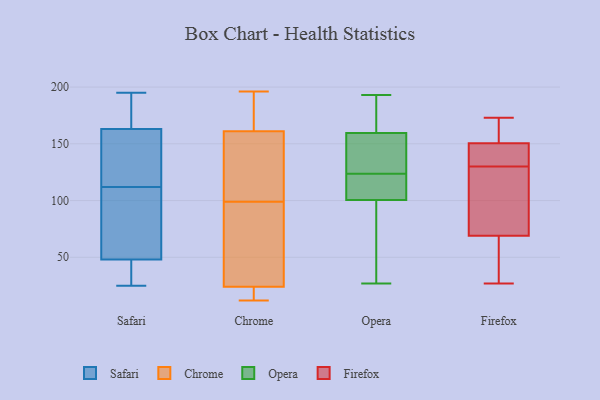
{"axis": {"x": "Customer Acquisition Cost (USD)", "y": "Value"}, "legend": ["Chrome", "Firefox", "Opera", "Safari"], "data": [{"x": "", "y": 28, "type": "Safari"}, {"x": "", "y": 163, "type": "Safari"}, {"x": "", "y": 25, "type": "Safari"}, {"x": "", "y": 132, "type": "Safari"}, {"x": "", "y": 195, "type": "Safari"}, {"x": "", "y": 97, "type": "Safari"}, {"x": "", "y": 167, "type": "Safari"}, {"x": "", "y": 140, "type": "Safari"}, {"x": "", "y": 26, "type": "Safari"}, {"x": "", "y": 133, "type": "Safari"}, {"x": "", "y": 107, "type": "Safari"}, {"x": "", "y": 93, "type": "Safari"}, {"x": "", "y": 48, "type": "Safari"}, {"x": "", "y": 117, "type": "Safari"}, {"x": "", "y": 186, "type": "Safari"}, {"x": "", "y": 46, "type": "Safari"}, {"x": "", "y": 180, "type": "Safari"}, {"x": "", "y": 91, "type": "Safari"}, {"x": "", "y": 196, "type": "Chrome"}, {"x": "", "y": 12, "type": "Chrome"}, {"x": "", "y": 24, "type": "Chrome"}, {"x": "", "y": 161, "type": "Chrome"}, {"x": "", "y": 45, "type": "Chrome"}, {"x": "", "y": 56, "type": "Chrome"}, {"x": "", "y": 142, "type": "Chrome"}, {"x": "", "y": 154, "type": "Chrome"}, {"x": "", "y": 169, "type": "Chrome"}, {"x": "", "y": 21, "type": "Chrome"}, {"x": "", "y": 163, "type": "Opera"}, {"x": "", "y": 193, "type": "Opera"}, {"x": "", "y": 122, "type": "Opera"}, {"x": "", "y": 97, "type": "Opera"}, {"x": "", "y": 191, "type": "Opera"}, {"x": "", "y": 156, "type": "Opera"}, {"x": "", "y": 27, "type": "Opera"}, {"x": "", "y": 125, "type": "Opera"}, {"x": "", "y": 104, "type": "Opera"}, {"x": "", "y": 131, "type": "Opera"}, {"x": "", "y": 110, "type": "Opera"}, {"x": "", "y": 36, "type": "Opera"}, {"x": "", "y": 91, "type": "Firefox"}, {"x": "", "y": 69, "type": "Firefox"}, {"x": "", "y": 173, "type": "Firefox"}, {"x": "", "y": 144, "type": "Firefox"}, {"x": "", "y": 151, "type": "Firefox"}, {"x": "", "y": 67, "type": "Firefox"}, {"x": "", "y": 152, "type": "Firefox"}, {"x": "", "y": 103, "type": "Firefox"}, {"x": "", "y": 27, "type": "Firefox"}, {"x": "", "y": 69, "type": "Firefox"}, {"x": "", "y": 140, "type": "Firefox"}, {"x": "", "y": 166, "type": "Firefox"}, {"x": "", "y": 48, "type": "Firefox"}, {"x": "", "y": 130, "type": "Firefox"}, {"x": "", "y": 108, "type": "Firefox"}, {"x": "", "y": 149, "type": "Firefox"}, {"x": "", "y": 166, "type": "Firefox"}, {"x": "", "y": 148, "type": "Firefox"}, {"x": "", "y": 66, "type": "Firefox"}]}